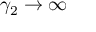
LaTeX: \gamma _ { 2 } \to \infty